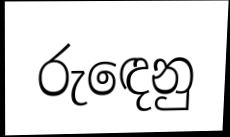
රුඳෙනු